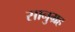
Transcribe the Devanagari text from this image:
सानुग्रह